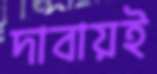
দাবায়ই